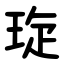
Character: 琁